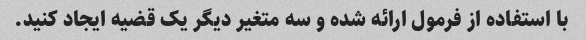
با استفاده از فرمول ارائه شده و سه متغیر دیگر یک قضیه ایجاد کنید.